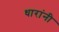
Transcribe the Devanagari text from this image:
धारांनी